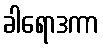
ခါရောဒကာ